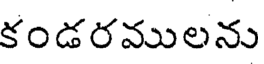
కండరములను